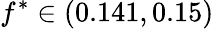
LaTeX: f^{\ast}\in(0.141,0.15)